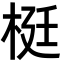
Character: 梃